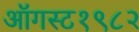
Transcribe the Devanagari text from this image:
ऑगस्ट१९८२